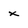
Character: x